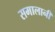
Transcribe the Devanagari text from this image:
समालानी